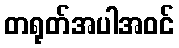
တရုတ်အပါအဝင်